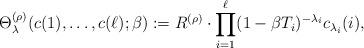
LaTeX: \begin{align*} \Theta^{(\rho)}_\lambda(c(1),\ldots,c(\ell);\beta) := R^{(\rho)}\cdot \prod_{i=1}^\ell (1-\beta T_i)^{-\lambda_i} c_{\lambda_i}(i),\end{align*}